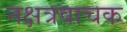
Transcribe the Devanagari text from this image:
नक्षत्रवाचक